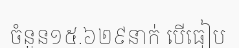
ចំនួន១៥.៦២៩នាក់ បើធៀប